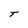
Character: T